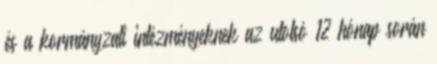
és a kormányzati intézményeknek az utolsó 12 hónap során